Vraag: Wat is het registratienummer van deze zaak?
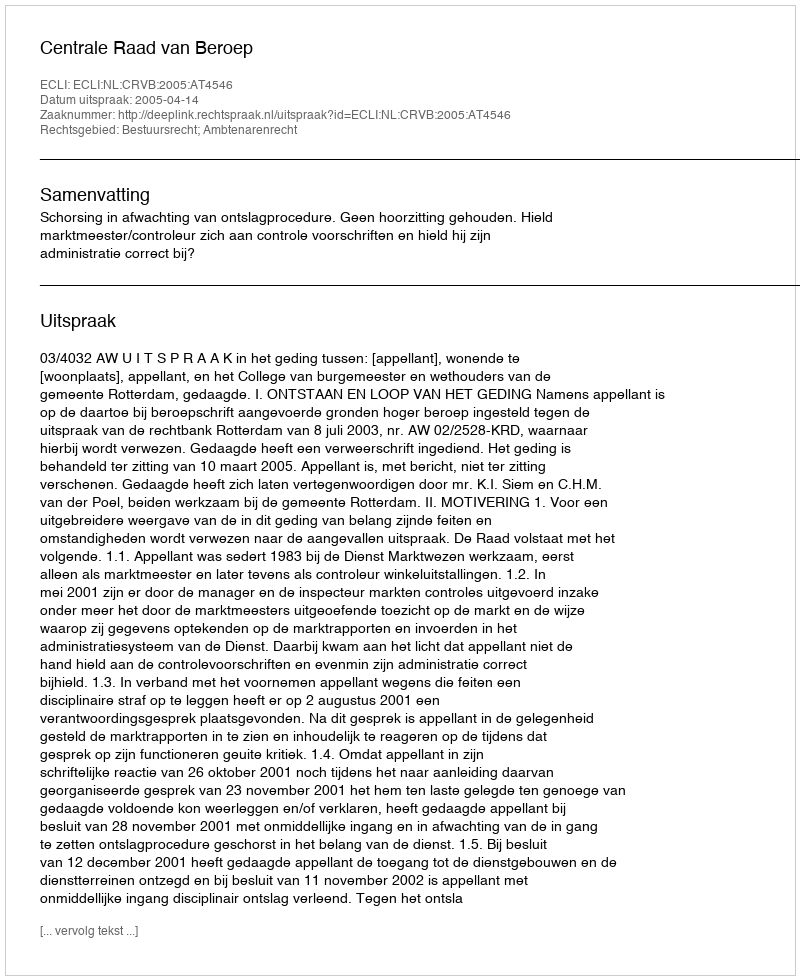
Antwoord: http://deeplink.rechtspraak.nl/uitspraak?id=ECLI:NL:CRVB:2005:AT4546